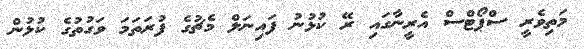
މަތިވެރީ ސްޕޯޓްސް އެރީނާގައި ރޭ ކުޅުނު ފައިނަލް މެޗުގެ ފުރަތަމަ ވަގުތުގެ ކުޅުން